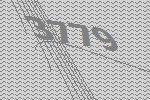
3779